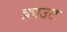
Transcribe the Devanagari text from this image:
क्राउट